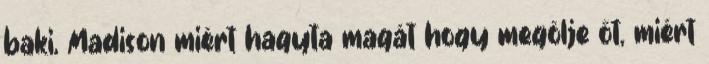
baki, Madison miért hagyta magát hogy megölje őt, miért